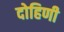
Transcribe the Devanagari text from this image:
दोहिणी